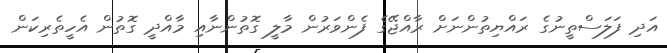
އަދި ފަލަސްތީނުގެ ރައްޔިތުންނަށް ރާއްޖޭގެ ފެންވަރުން މާލީ ގޮތުންނާއި މާއްދީ ގޮތުން އެހީތެރިކަަން